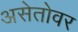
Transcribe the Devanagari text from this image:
असेतोवर